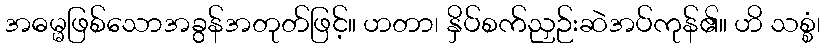
အဓမ္မဖြစ်သောအခွန်အတုတ်ဖြင့်။ ဟတာ၊ နှိပ်စက်ညှဉ်းဆဲအပ်ကုန်၏။ ဟိ သစ္စံ၊